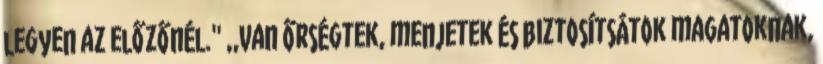
legyen az előzőnél.'' ,,Van őrségtek, menjetek és biztosítsátok magatoknak,